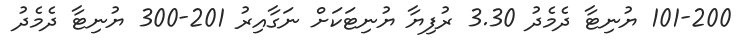
101-200 ޔުނިޓާ ދެމެދު 3.30 ރުފިޔާ ޔުނިޓަކަށް ނަގާއިރު 201-300 ޔުނިޓާ ދެމެދު